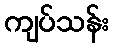
ကျပ်သန်း